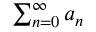
\textstyle \sum _ { n = 0 } ^ { \infty } a _ { n }